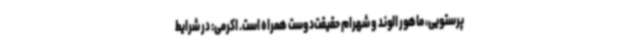
پرستویی، ماهور الوند و شهرام حقیقت‌دوست همراه است. اکرمی: در شرایط